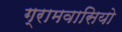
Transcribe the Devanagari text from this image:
ग्रामवासियो